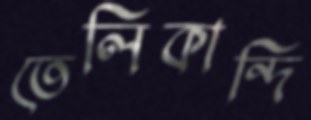
তেলিকান্দি